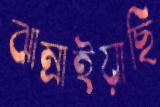
ঝাম্‌রাইয়াছি